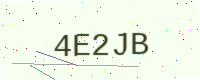
Text: 4E2JB